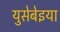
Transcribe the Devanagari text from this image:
युसेबेइया